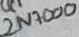
Text: 2N7000